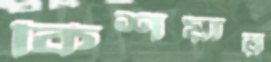
কিশয়ার